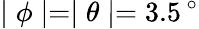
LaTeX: \mid\phi\mid=\mid\theta\mid=3.5\, ^{\circ}